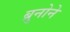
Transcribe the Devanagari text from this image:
ब्रुनोने